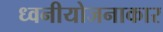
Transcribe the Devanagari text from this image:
ध्वनीयोजनाकार